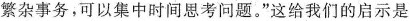
繁杂事务，可以集中时间思考问题。”这给我们的启示是